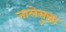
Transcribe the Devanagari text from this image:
नालेसुद्धा